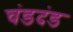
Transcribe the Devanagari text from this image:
चंडदंड